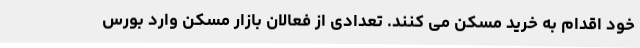
خود اقدام به خرید مسکن می کنند. تعدادی از فعالان بازار مسکن وارد بورس